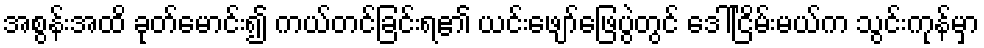
အစွန်းအထိ ခုတ်မောင်း၍ ကယ်တင်ခြင်းရ၏ ယင်းဖျော်ဖြေပွဲတွင် ဒေါ်ငြိမ်းမယ်က သွင်းကုန်မှာ